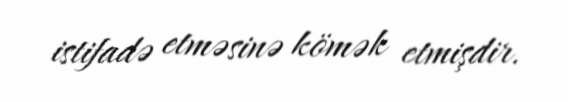
istifadə etməsinə kömək etmişdir.